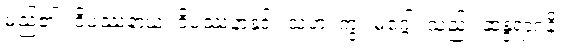
မည်၏။ ဝိပဿနာယ၊ ဝိပဿနာနှင့်။ သဟ၊ ကွ။ မဂ္ဂေါ၊ သည်။ ဆန္ဒရာဂနိ